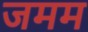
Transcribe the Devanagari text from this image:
जमम